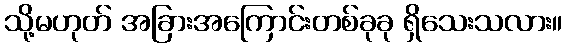
သို့မဟုတ် အခြားအကြောင်းတစ်ခုခု ရှိသေးသလား။